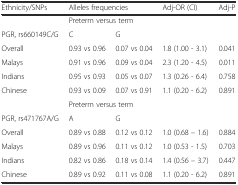
| Ethnicity/SNPs | <COLSPAN=2> Alleles frequencies | Adj-OR (CI) | Adj-P |
 | --- | --- | --- | --- | --- |
 |  | <COLSPAN=4> Preterm versus term |
 | PGR, rs660149C/G | C | G |  |  |
 | Overall | 0.93 vs 0.96 | 0.07 vs 0.04 | 1.8 (1.00 - 3.1) | 0.041 |
 | Malays | 0.91 vs 0.96 | 0.09 vs 0.04 | 2.3 (1.20 - 4.5) | 0.011 |
 | Indians | 0.95 vs 0.93 | 0.05 vs 0.07 | 1.3 (0.26 - 6.4) | 0.758 |
 | Chinese | 0.93 vs 0.09 | 0.07 vs 0.91 | 1.1 (0.20 - 6.2) | 0.891 |
 |  | <COLSPAN=4> Preterm versus term |
 | PGR, rs471767A/G | A | G |  |  |
 | Overall | 0.89 vs 0.88 | 0.12 vs 0.12 | 1.0 (0.68 – 1.6) | 0.884 |
 | Malays | 0.89 vs 0.96 | 0.11 vs 0.12 | 1.0 (0.53 - 1.5) | 0.703 |
 | Indians | 0.82 vs 0.86 | 0.18 vs 0.14 | 1.4 (0.56 – 3.7) | 0.447 |
 | Chinese | 0.89 vs 0.92 | 0.11 vs 0.08 | 1.1 (0.20 - 6.2) | 0.891 |